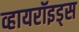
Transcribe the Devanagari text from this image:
व्हायरॉइड्स